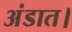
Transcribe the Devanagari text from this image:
अंडात।